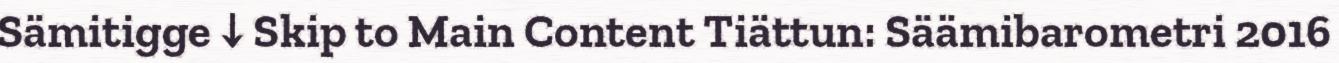
Sämitigge ↓ Skip to Main Content Tiättun: Säämibarometri 2016